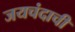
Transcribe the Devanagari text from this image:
जयचंदाची